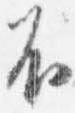
不